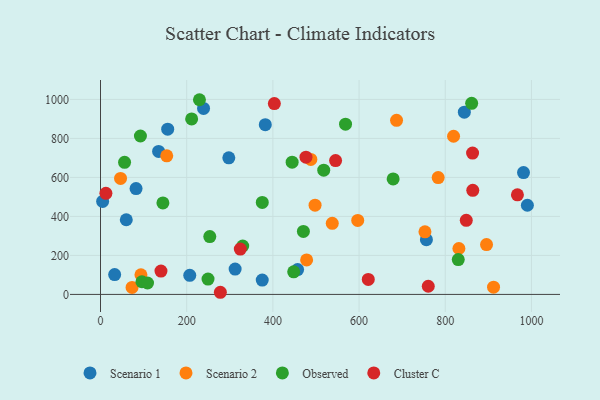
{"axis": {"x": "Price", "y": "Salary"}, "legend": ["Cluster C", "Observed", "Scenario 1", "Scenario 2"], "data": [{"x": "312.4", "y": 130.1, "type": "Scenario 1"}, {"x": "756.3", "y": 280.8, "type": "Scenario 1"}, {"x": "59.8", "y": 382.9, "type": "Scenario 1"}, {"x": "844.3", "y": 934.8, "type": "Scenario 1"}, {"x": "207.1", "y": 98.0, "type": "Scenario 1"}, {"x": "990.6", "y": 457.2, "type": "Scenario 1"}, {"x": "134.8", "y": 733.1, "type": "Scenario 1"}, {"x": "382.4", "y": 870.7, "type": "Scenario 1"}, {"x": "155.9", "y": 847.5, "type": "Scenario 1"}, {"x": "981.6", "y": 624.9, "type": "Scenario 1"}, {"x": "457.4", "y": 127.3, "type": "Scenario 1"}, {"x": "375.3", "y": 73.4, "type": "Scenario 1"}, {"x": "297.7", "y": 700.4, "type": "Scenario 1"}, {"x": "32.8", "y": 101.9, "type": "Scenario 1"}, {"x": "82.5", "y": 542.8, "type": "Scenario 1"}, {"x": "239.1", "y": 953.9, "type": "Scenario 1"}, {"x": "4.9", "y": 477.0, "type": "Scenario 1"}, {"x": "537.8", "y": 364.5, "type": "Scenario 2"}, {"x": "46.5", "y": 594.8, "type": "Scenario 2"}, {"x": "73.2", "y": 35.9, "type": "Scenario 2"}, {"x": "93.8", "y": 100.9, "type": "Scenario 2"}, {"x": "687.0", "y": 893.0, "type": "Scenario 2"}, {"x": "895.8", "y": 255.8, "type": "Scenario 2"}, {"x": "478.3", "y": 176.8, "type": "Scenario 2"}, {"x": "488.1", "y": 692.4, "type": "Scenario 2"}, {"x": "819.3", "y": 811.2, "type": "Scenario 2"}, {"x": "153.7", "y": 710.7, "type": "Scenario 2"}, {"x": "831.7", "y": 235.6, "type": "Scenario 2"}, {"x": "912.1", "y": 37.4, "type": "Scenario 2"}, {"x": "497.9", "y": 457.8, "type": "Scenario 2"}, {"x": "783.6", "y": 599.1, "type": "Scenario 2"}, {"x": "596.9", "y": 379.3, "type": "Scenario 2"}, {"x": "752.9", "y": 321.2, "type": "Scenario 2"}, {"x": "830.2", "y": 178.6, "type": "Observed"}, {"x": "679.1", "y": 592.2, "type": "Observed"}, {"x": "444.7", "y": 678.1, "type": "Observed"}, {"x": "55.8", "y": 677.2, "type": "Observed"}, {"x": "518.0", "y": 637.1, "type": "Observed"}, {"x": "96.1", "y": 64.9, "type": "Observed"}, {"x": "253.6", "y": 296.5, "type": "Observed"}, {"x": "330.0", "y": 248.3, "type": "Observed"}, {"x": "861.3", "y": 979.8, "type": "Observed"}, {"x": "109.1", "y": 58.5, "type": "Observed"}, {"x": "568.6", "y": 872.8, "type": "Observed"}, {"x": "470.8", "y": 322.8, "type": "Observed"}, {"x": "144.8", "y": 469.3, "type": "Observed"}, {"x": "375.4", "y": 471.6, "type": "Observed"}, {"x": "229.6", "y": 998.4, "type": "Observed"}, {"x": "211.5", "y": 900.1, "type": "Observed"}, {"x": "448.3", "y": 116.1, "type": "Observed"}, {"x": "92.6", "y": 812.4, "type": "Observed"}, {"x": "249.5", "y": 78.7, "type": "Observed"}, {"x": "545.5", "y": 686.2, "type": "Cluster C"}, {"x": "863.9", "y": 533.7, "type": "Cluster C"}, {"x": "967.5", "y": 510.6, "type": "Cluster C"}, {"x": "403.4", "y": 978.9, "type": "Cluster C"}, {"x": "140.3", "y": 119.9, "type": "Cluster C"}, {"x": "324.4", "y": 232.3, "type": "Cluster C"}, {"x": "863.4", "y": 724.7, "type": "Cluster C"}, {"x": "278.1", "y": 11.0, "type": "Cluster C"}, {"x": "848.8", "y": 380.0, "type": "Cluster C"}, {"x": "12.5", "y": 518.3, "type": "Cluster C"}, {"x": "621.4", "y": 77.1, "type": "Cluster C"}, {"x": "760.6", "y": 42.0, "type": "Cluster C"}, {"x": "476.8", "y": 703.6, "type": "Cluster C"}]}